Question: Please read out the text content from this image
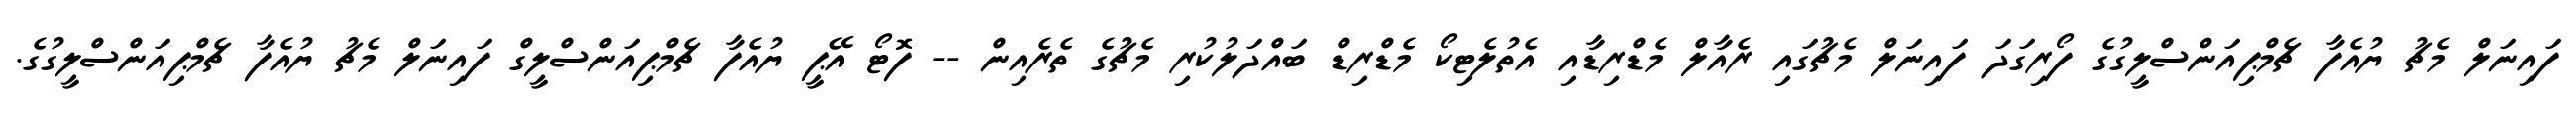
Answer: ފައިނަލް މެޗު ޔުއެފާ ޗެމްޕިއަންސްލީގުގެ ފޯރިގަދަ ފައިނަލް މެޗުގައި ރެއާލް މެޑްރިޑާއި އެތުލެޓިކޯ މެޑްރިޑް ބައްދަލުކުރި މެޗުގެ ތެރެއިން -- ފޮޓޯ އޭޕީ ޔުއެފާ ޗެމްޕިއަންސްލީގް ފައިނަލް މެޗު ޔުއެފާ ޗެމްޕިއަންސްލީގުގެ.